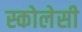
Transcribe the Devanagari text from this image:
स्कोलेसी